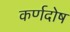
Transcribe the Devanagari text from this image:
कर्णदोष